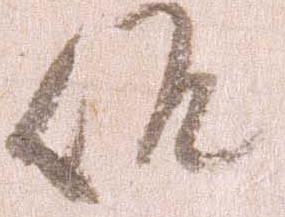
候